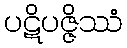
ပဋိပဇ္ဇိဿံ